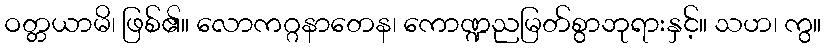
ဝတ္တယာမိ၊ ဖြစ်၏။ လောကဂ္ဂနာတေန၊ ကောဏ္ဍညမြတ်စွာဘုရားနှင့်။ သဟ၊ ကွ။